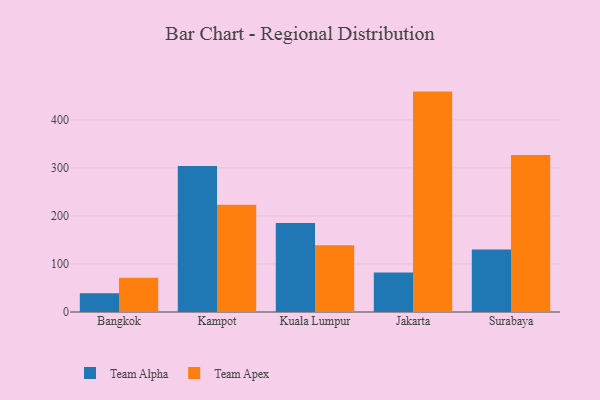
{"axis": {"x": "City", "y": "Operating Costs (USD K)"}, "legend": ["Team Alpha", "Team Apex"], "data": [{"x": "Bangkok", "y": 38.9, "type": "Team Alpha"}, {"x": "Bangkok", "y": 71.2, "type": "Team Apex"}, {"x": "Kampot", "y": 303.8, "type": "Team Alpha"}, {"x": "Kampot", "y": 223.0, "type": "Team Apex"}, {"x": "Kuala Lumpur", "y": 185.5, "type": "Team Alpha"}, {"x": "Kuala Lumpur", "y": 139.1, "type": "Team Apex"}, {"x": "Jakarta", "y": 82.2, "type": "Team Alpha"}, {"x": "Jakarta", "y": 458.8, "type": "Team Apex"}, {"x": "Surabaya", "y": 130.0, "type": "Team Alpha"}, {"x": "Surabaya", "y": 326.7, "type": "Team Apex"}]}